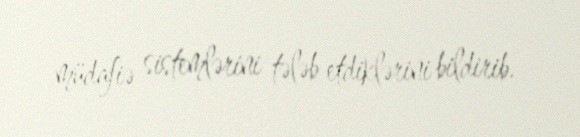
müdafiə sistemlərini tələb etdiklərini bildirib.